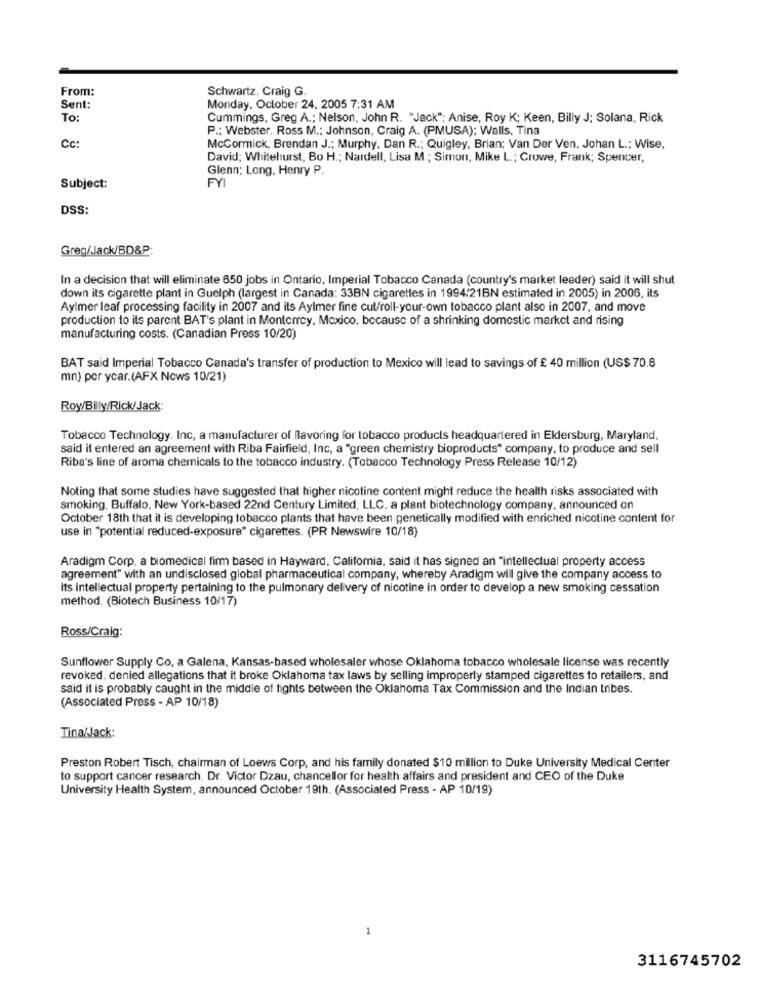
From:
Schwartz, Craig G.
Sent:
Monday, October 24, 2005 7:31 AM
To:
Cummings, Greg A .; Nelson, John R. "Jack"; Anise, Roy K; Keen, Billy J; Solana, Rick
P .: Webster. Ross M .; Johnson, Craig A. (PMUSA); Walls, Tina
Cc:
McCormick, Brendan J .; Murphy, Dan R .; Quigley, Brian; Van Der Ven. Johan L .; Wise.
David; Whitehurst, Bo H .; Nardell, Lisa M .; Simon, Mike L .; Crowe, Frank; Spencer,
Glenn: Long, Henry P.
FYI
Subject:
DSS:
Greg/Jack/BD&P:
In a decision that will eliminate 650 jobs in Ontario, Imperial Tobacco Canada (country's market leader) said it will shut
down its cigarette plant in Guelph (largest in Canada: 33BN cigarettes in 1994/21BN estimated in 2005) in 2006, its
Ayimer leaf processing facility in 2007 and its Aylmer fine cut/roll-your-own tobacco plant also in 2007, and move
production to its parent BAT's plant in Monterrey, Mexico, because of a shrinking domestic market and rising
manufacturing costs. (Canadian Press 10/20)
BAT said Imperial Tobacco Canada's transfer of production to Mexico will lead to savings of £ 40 million (US$ 70.6
mn) por ycar.(AFX Nows 10/21)
Roy/Billy/Rick/Jack:
Tobacco Technology. Inc, a manufacturer of flavoring for tobacco products headquartered in Ellersburg, Maryland,
said it entered an agreement with Riba Fairfield, Inc, a "green chemistry bioproducts" company, to produce and sell
Riba's line of aroma chemicals to the tobacco industry. (Tobacco Technology Press Release 10/12)
Noting that some studies have suggested that higher nicotine content might reduce the health risks associated with
smoking, Buffalo, New York-based 22nd Century Limited, LLC. a plant biotechnology company, announced on
October 18th that it is developing tobacco plants that have been genetically modified with enriched nicotine content for
use in "potential reduced-exposure" cigarettes. (PR Newswire 10/18)
Aradigm Corp, a biomedical firm based in Hayward, Califomia, said it has signed an "intellectual property access
agreement" with an undisclosed global pharmaceutical company, whereby Aradigm will give the company access to
its intellectual property pertaining to the pulmonary delivery of nicotine in order to develop a new smoking cessation
method. (Biotech Business 10/17)
Ross/Craig:
Sunflower Supply Co, a Galena, Kansas-based wholesaler whose Oklahoma tobacco wholesale license was recently
revoked, denied allegations that it broke Oklahoma tax laws by selling improperly stamped cigarettes to retailers, and
said it is probably caught in the middle of tights between the Oklahoma Tax Commission and the Indian tribes.
(Associated Press - AP 10/18)
Tina/Jack:
Preston Robert Tisch, chairman of Loews Corp, and his family donated $10 million to Duke University Medical Center
to support cancer research, Dr. Victor Dzau, chancellor for health affairs and president and CEO of the Duke
University Health System, announced October 19th. (Associated Press - AP 10/19)
3116745702